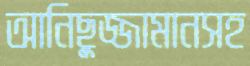
আনিছুজ্জামানসহ